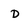
Character: d